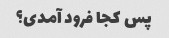
پس کجا فرود آمدی؟